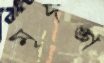
মৃদঙ্গ